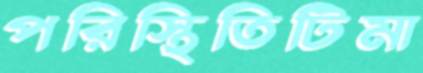
পরিস্থিতিটিমা